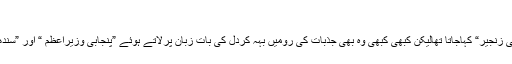
(خبر جاری ہے)
بلاول کی والدہ مرحومہ کو”چاروں صوبوں کی زنجیر“ کہاجاتا تھالیکن کبھی کبھی وہ بھی جذبات کی رَومیں بہہ کردِل کی بات زبان پرلاتے ہوئے ”پنجابی وزیرِاعظم “ اور ”سندھی وزیرِاعظم“ کافرق بیان کرنے بیٹھ جاتیں ۔